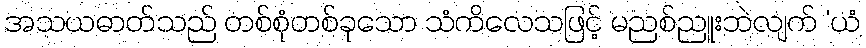
အသယဓာတ်သည် တစ်စုံတစ်ခုသော သံကိလေသဖြင့် မညစ်ညူးဘဲလျက် ‘ယံ